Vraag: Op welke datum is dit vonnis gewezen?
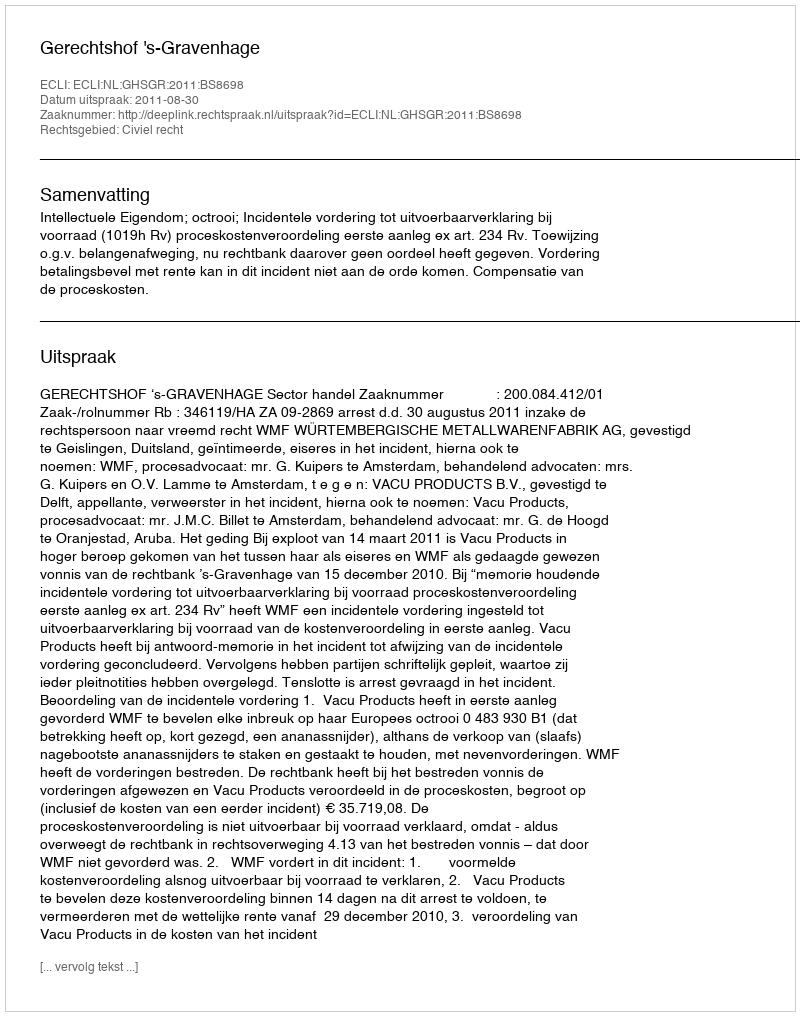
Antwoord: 2011-08-30